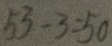
5 3 - 3 = 5 0